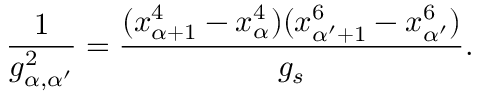
\frac { 1 } { g _ { \alpha , \alpha ^ { \prime } } ^ { 2 } } = \frac { ( x _ { \alpha + 1 } ^ { 4 } - x _ { \alpha } ^ { 4 } ) ( x _ { \alpha ^ { \prime } + 1 } ^ { 6 } - x _ { \alpha ^ { \prime } } ^ { 6 } ) } { g _ { s } } .